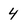
Character: 4